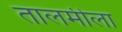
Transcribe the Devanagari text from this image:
तालमीला